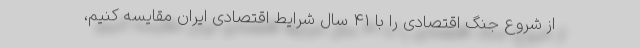
از شروع جنگ اقتصادی را با 41 سال شرایط اقتصادی ایران مقایسه کنیم،